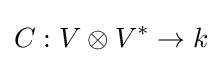
C:V\otimes V^{*}\rightarrow k